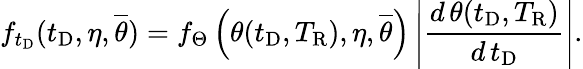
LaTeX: f_{t_{\mathrm{D}}}(t_{\mathrm{D}},\eta,\overline{{\theta}})=f_{\Theta}\left(\theta(t_{\mathrm{D}},T_{\mathrm{R}}),\eta,\overline{{\theta}}\right)\left|\frac{d\, \theta(t_{\mathrm{D}},T_{\mathrm{R}})}{d\, t_{\mathrm{D}}}\right|.